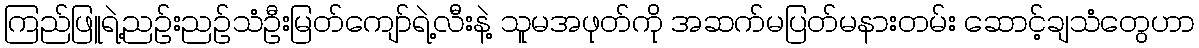
ကြည်ဖြူရဲ့ညဉ်းညဉ်သံဦးမြတ်ကျော်ရဲ့လီးနဲ့ သူမအဖုတ်ကို အဆက်မပြတ်မနားတမ်း ဆောင့်ချသံတွေဟာ